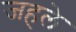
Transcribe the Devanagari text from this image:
जहले